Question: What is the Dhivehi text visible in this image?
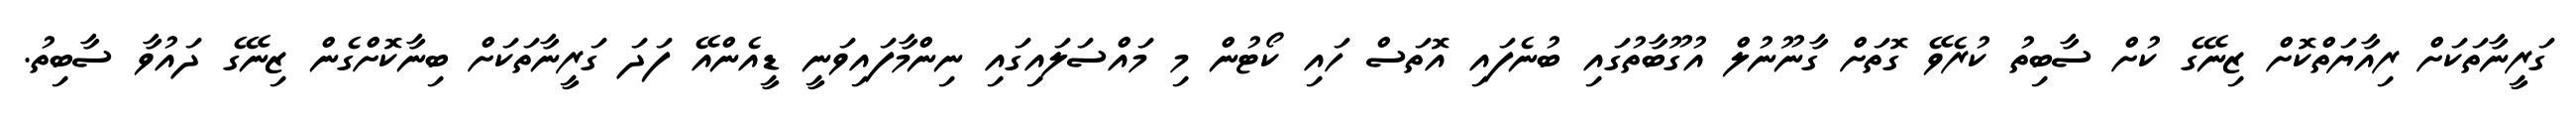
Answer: ގަރީނާތަކަށް ރިއާޔަތްކޮށް ޒިނޭގެ ކުށް ސާބިތު ކުރެވޭ ގޮތަށް ގާނޫނުލް އުގޫބާތުގައި ބުނެފައި އޮތަސް ހައި ކޯޓުން މި މައްސަލައިގައި ނިންމާފައިވަނީ ޑީއެންއޭ ފަދަ ގަރީނާތަކަށް ބިނާކޮށްގެން ޒިނޭގެ ދައުވާ ސާބިތު.